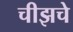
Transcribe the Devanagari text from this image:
चीझचे